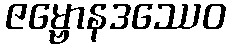
ဇမ္ဗောနဒဿေဝ